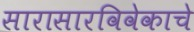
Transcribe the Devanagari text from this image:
सारासारविवेकाचे